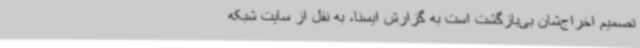
تصمیم اخراج‌شان بی‌بازگشت است به گزارش ایسنا، به نقل از سایت شبکه